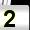
Digit: 2